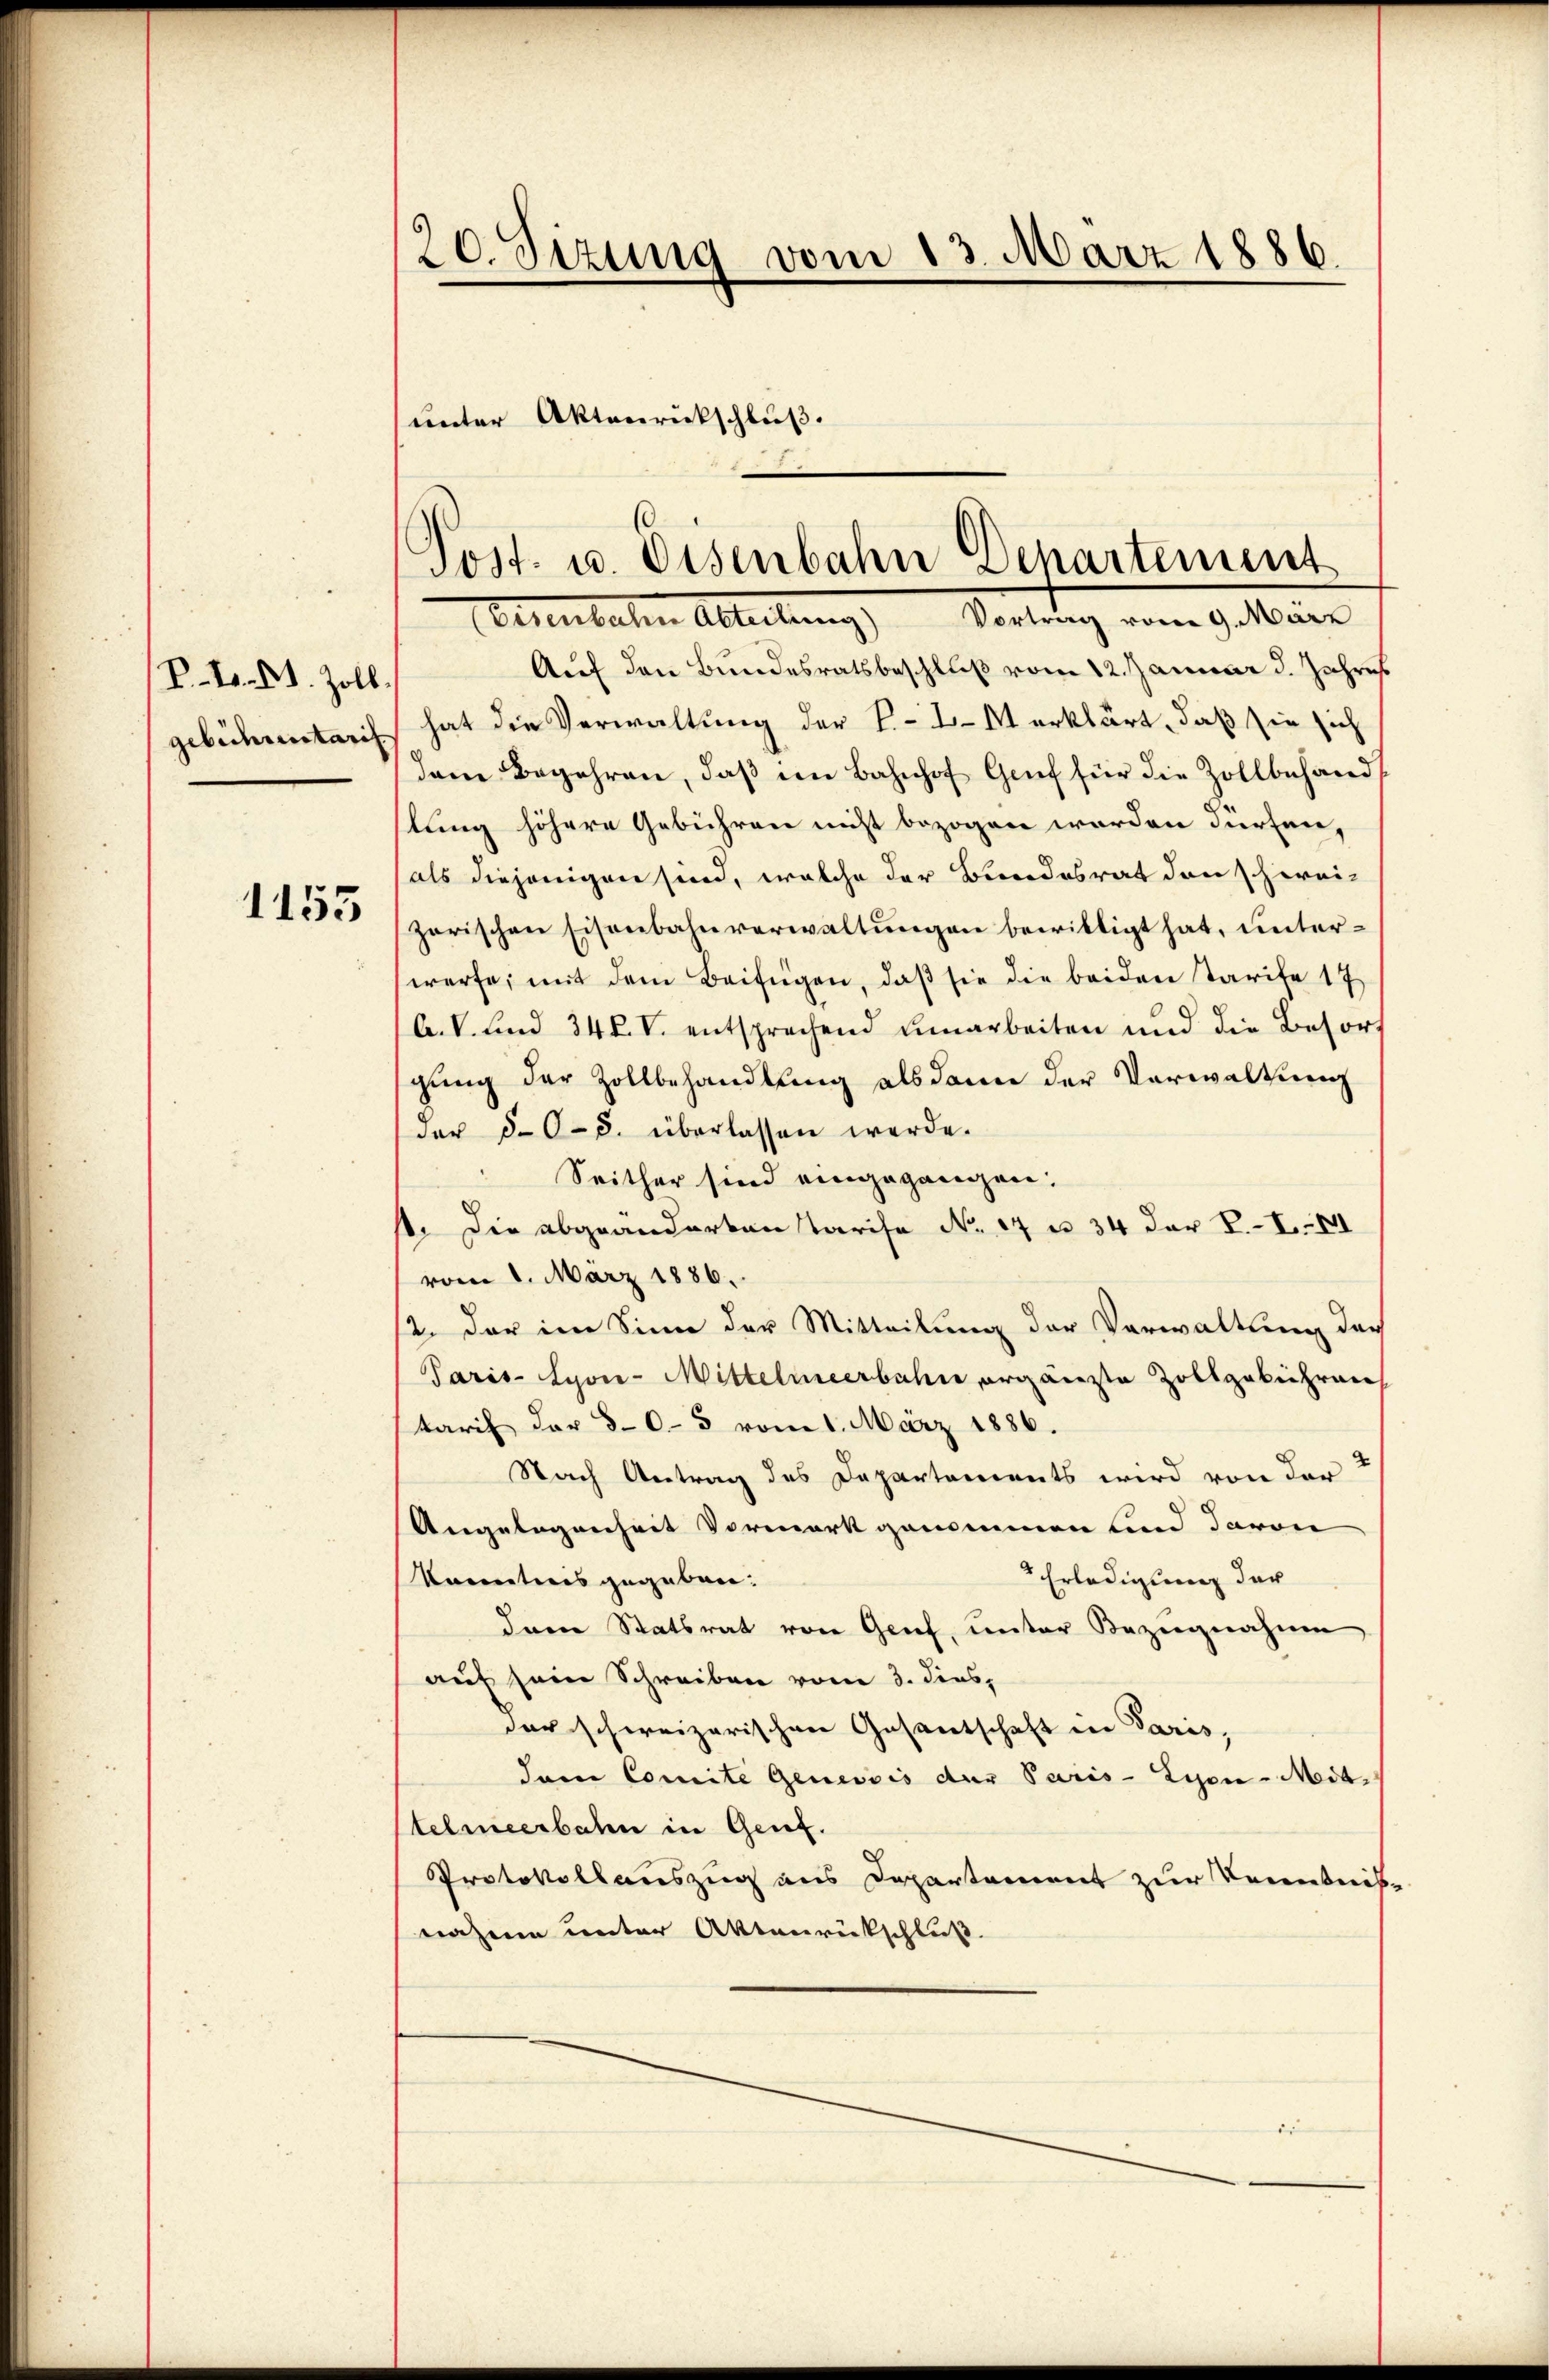
P.t.. 81. Zoll.
gebichentarif

1153

20. Sizung vom 13. März 1886.
unter Aktenrückschluß.

Post. u. Eisenbahn Departement
Oesenbahn Abteilung) Vortrag vom 9. März

Auf den Bundesratsbeschluß vom 12. Januar d. Jahres
hat die Verwaltung der P. - In erklärt, daß sie sich
dame Begehren, daβ in Bahnhof Genf für die Zollbehandlung höhere Gebühren nicht bezogen worden dürfen,
als diejenigen sind, welche der Bundesrat den schweizerischen Eisenbahnverwaltungen bewilligt hat, unterwerfe, mit dem Beifügen, daß sie die beiden Tarife 17
A. V. und 34 f. V. entsprechend umarbeiten und die Besorgung der Zollbehandlung alsdann der Verwaltung
der §.0-8. überlassen werde.
Seither sind eingegangen.
1. Die abgeänderten Tarife No. 17 u. 34 der V.- III
vom 8. März 1886.
12. der im Sinn der Mitteilung der Verwaltung der
Paris-Syon-Mittelmeerbahne ergänzte Zollgebühren
tarif der 80-3 vom 1. März 1886.
Nach Antrag des Departements wird von der
Angelegenheit Vormerk genommen und davon
 Erledigung der
Kontreis gegeben:
dann Statsrat von Genf, unter Beziegnahme
auf sein Schreiben vom 3. dies,
der schweizerischen Gasantschaft in Paris,
dem Comite Genevois der Paris - Lyon - Mit-
telmeerbahn in Genf.
Protokollauszug aus Departement zur Kenntnisnahme unter Aktenrückschluß.

e